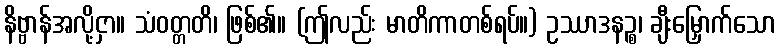
နိဗ္ဗာန်အလို့ငှာ။ သံဝတ္တတိ၊ ဖြစ်၏။ (ဤလည်း မာတိကာတစ်ရပ်။) ဥဿာဒနဉ္စ၊ ချီးမြှောက်သော